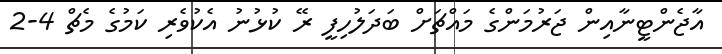
އާޖެންޓީނާއިން ޖަރުމަންގެ މައްޗަށް ބަދަލުހިފީ ރޭ ކުޅުނު އެކުވެރި ކަމުގެ މެޗް 4-2